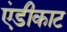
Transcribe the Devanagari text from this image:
एंडीकाट